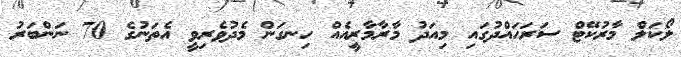
ލޯކަލް މާރުކޭޓް ސަރަހައްދުގައި މިއަދު މާރާމާރީއެއް ހިނގަން މެދުވެރިވީ އެތަނުގެ 70 ނަންބަރު